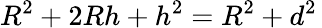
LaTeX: R^{2}+2Rh+h^{2}=R^{2}+d^{2}\,